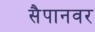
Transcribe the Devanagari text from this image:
सैपानवर